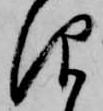
仰